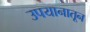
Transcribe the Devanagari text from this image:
उपयानातून